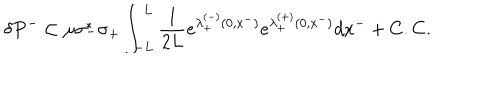
LaTeX: \delta P ^ { - } \subset \mu \sigma _ { - } ^ { * } \sigma _ { + } \int _ { - L } ^ { L } { \frac { 1 } { 2 L } } e ^ { \lambda _ { + } ^ { ( - ) } ( 0 , x ^ { - } ) } e ^ { \lambda _ { + } ^ { ( + ) } ( 0 , x ^ { - } ) } d x ^ { - } + C . C .